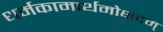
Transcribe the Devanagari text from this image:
धर्मकामार्थमोक्षदम्